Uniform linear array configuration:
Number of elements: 4
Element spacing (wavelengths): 0.25
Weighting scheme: cosine
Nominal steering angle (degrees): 60
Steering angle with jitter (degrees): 61.046
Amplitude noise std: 0.05
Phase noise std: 0.05

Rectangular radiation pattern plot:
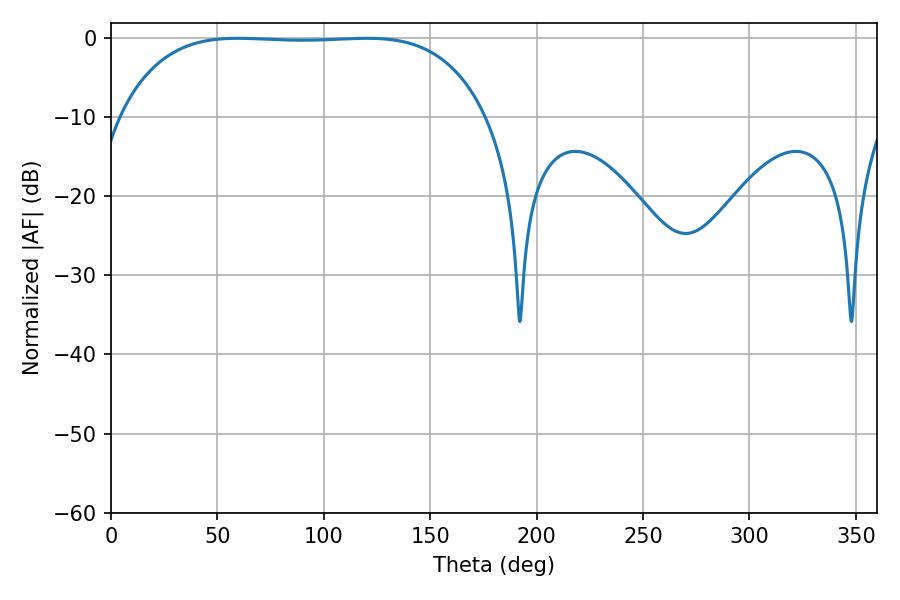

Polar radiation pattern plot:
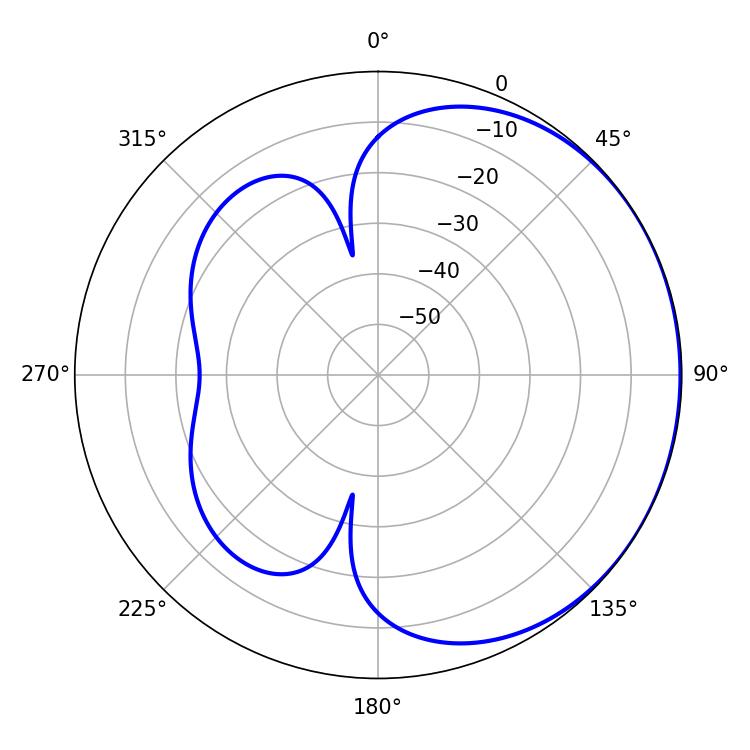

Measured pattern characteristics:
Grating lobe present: FALSE
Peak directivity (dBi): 0.6486
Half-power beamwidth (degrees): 134.28
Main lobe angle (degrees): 59.58